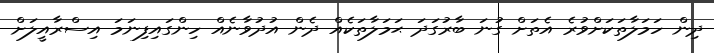
ދިން ހަމަލާތަކަށްވުރެ އެތަށް ގުނަ ބާރުގަދަ ޙަމަލާތަކެއް ދެން އުދުވާނެއް ހިންގައިފިނަމަ އިސްރާއީލަށް